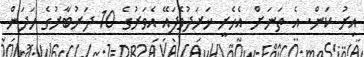
އިރު ކަން. އެ ތަނަށް އެހެރީ ޚަރަދުވެފައޭ އެވަރުގެ 10 ދަރުބާރުގެ ހަދަން